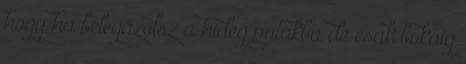
hogy ha belegázolsz a hideg patakba de csak bokáig